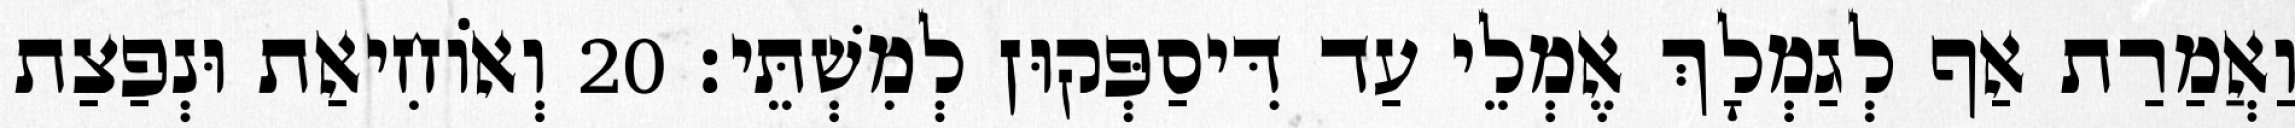
וַאֲמַרַת אַף לְגַמְלָךְ אֶמְלֵי עַד דִּיסַפְּקוּן לְמִשְׁתֵּי׃ 20 וְאוֹחִיאַת וּנְפַצַת